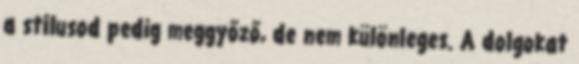
a stílusod pedig meggyőző, de nem különleges. A dolgokat